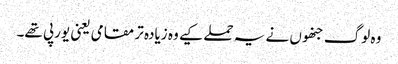
وہ لوگ جنھوں نے یہ حملے کیے وہ زیادہ تر مقامی یعنی یورپی تھے۔